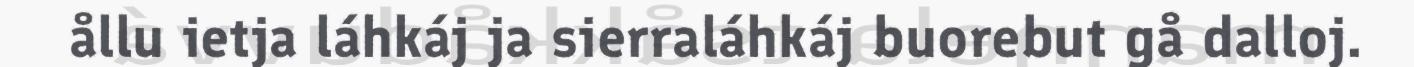
ållu ietja láhkáj ja sierraláhkáj buorebut gå dalloj.